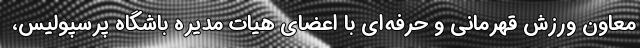
معاون ورزش قهرمانی و حرفه‌ای با اعضای هیات مدیره باشگاه پرسپولیس،